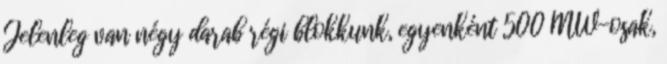
Jelenleg van négy darab régi blokkunk, egyenként 500 MW-osak,